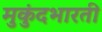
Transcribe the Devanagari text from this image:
मुकुंदभारती